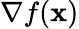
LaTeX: \nabla f(\mathbf{x})